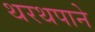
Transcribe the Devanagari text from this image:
थरथपाने